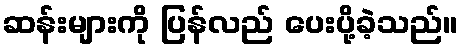
ဆန်းများကို ပြန်လည် ပေးပို့ခဲ့သည်။